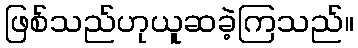
ဖြစ်သည်ဟုယူဆခဲ့ကြသည်။